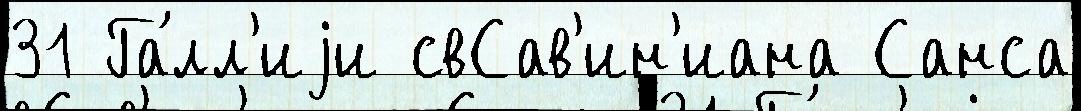
31 Га́лл'иjи свСав'ин'иана Санса